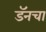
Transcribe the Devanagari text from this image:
डॅनचा